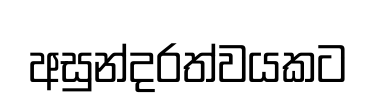
අසුන්දරත්වයකට